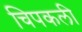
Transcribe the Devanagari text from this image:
चिपकली